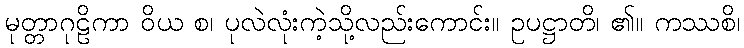
မုတ္တာဂုဠိကာ ဝိယ စ၊ ပုလဲလုံးကဲ့သို့လည်းကောင်း။ ဥပဋ္ဌာတိ၊ ၏။ ကဿစိ၊